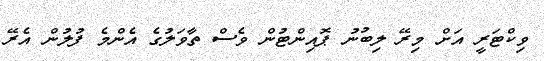
ވިކްޓަރީ އަށް މިރޭ ލިބުނު ޕޮއިންޓުން ވެސް ތާވަލުގެ އެންމެ ފުލުން އެރޭ